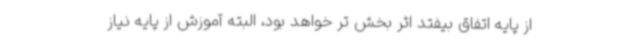
از پایه اتفاق بیفتد اثر بخش تر خواهد بود، البته آموزش از پایه نیاز